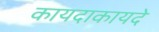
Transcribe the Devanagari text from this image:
कायदाकायदे